Source: Handwritten
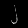
Digit: ၂ (2)